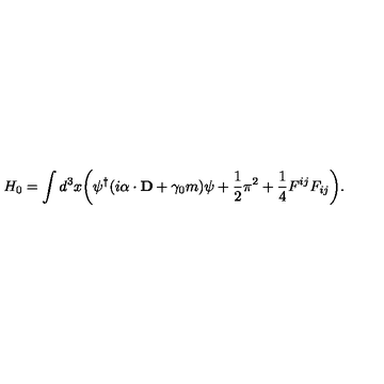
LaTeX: H _ { 0 } = \int d ^ { 3 } x \biggl ( \psi ^ { \dagger } ( i \mathrm { \boldmath \alpha } \cdot { \bf D } + \gamma _ { 0 } m ) \psi + { \frac { 1 } { 2 } } \mathrm { \boldmath \pi } ^ { 2 } + { \frac { 1 } { 4 } } F ^ { i j } F _ { i j } \biggr ) .